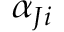
\ \alpha _ { J i }